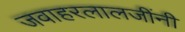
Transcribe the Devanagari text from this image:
जवाहरलालजींनी